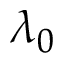
\lambda _ { 0 }